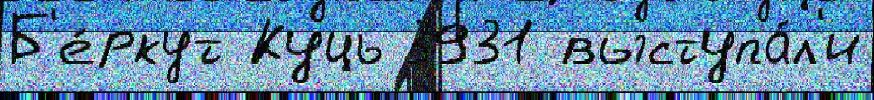
Б'е́ркут Куць 3931 выступа́л'и